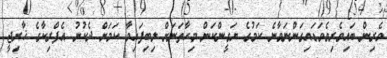
ވެރިން ބައިވެރިވެވަޑައިގަންނަވާނެ ކަމުގެ ޔަގީންކަން މިހާތަނަށް ލިބިފައިވާ ކަމަށް ދެކުނު އެފްރިކާގެ ޚާރިޖީ